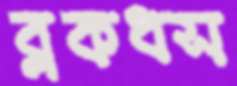
ব্লকধস